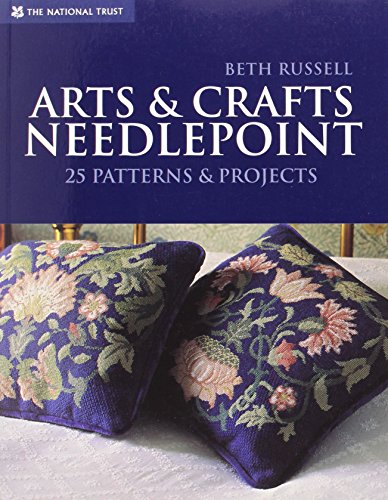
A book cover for Arts & Crafts Needlepoint: 25 Patterns & Projects; Beth Russell; Crafts, Hobbies & Home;